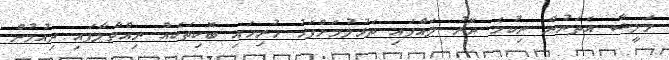
މަލީޝާ އެތަނުން ނިކުމެ ދޮރު ލައްޕައި ތަޅުލުމަށްފަހު ހުރިހައި ބޮކިތަކެއް ނިއްވާލާފައި ދިއުމުން